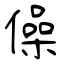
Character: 僺